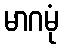
မာဂမုံ